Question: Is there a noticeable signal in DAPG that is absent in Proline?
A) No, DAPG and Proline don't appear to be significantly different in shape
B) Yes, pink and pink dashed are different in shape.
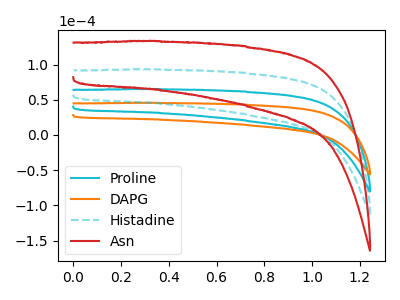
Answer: <think>The cyan curve "Proline" has no peaks. The orange curve "DAPG" has no peaks. The cyan dashed curve "Histadine" has no peaks. The red curve "Asn" has no peaks.
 Neither "DAPG" or "Proline" have any peaks.</think>
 <answer>A) No, "DAPG" and "Proline" don't appear to be significantly different in shape</answer>
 <eval>A</eval>